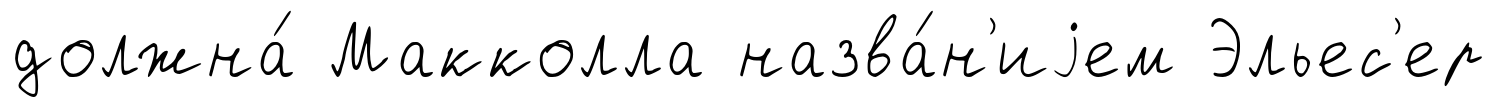
должна́ Макколла назва́н'иjем Эльес'ер